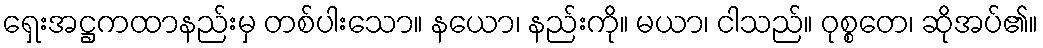
ရှေးအဋ္ဌကထာနည်းမှ တစ်ပါးသော။ နယော၊ နည်းကို။ မယာ၊ ငါသည်။ ဝုစ္စတေ၊ ဆိုအပ်၏။